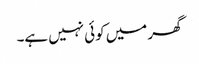
گھر میں کوئی نہیں ہے۔